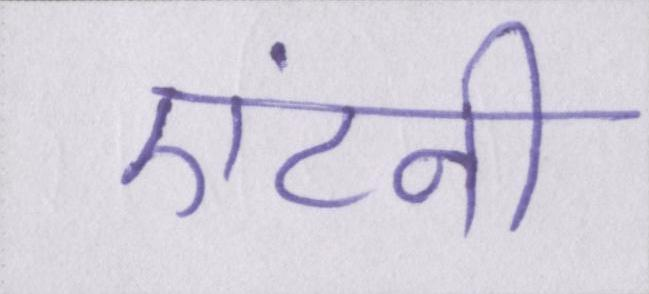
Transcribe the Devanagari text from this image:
एंटनी